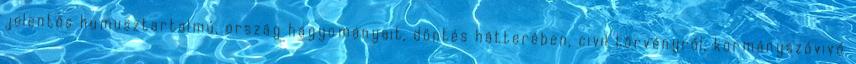
jelentős humusztartalmú, ország hagyományait, döntés hátterében, civil törvényről, kormányszóvivő